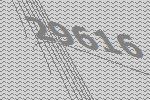
29616